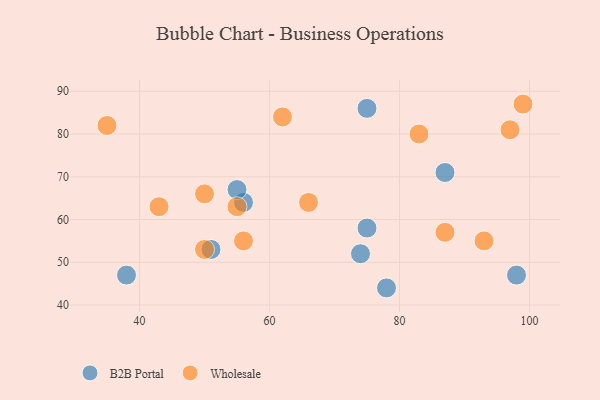
{"axis": {"x": "GDP", "y": "Life Expectancy"}, "legend": ["B2B Portal", "Wholesale"], "data": [{"x": "75", "y": 58, "type": "B2B Portal"}, {"x": "51", "y": 53, "type": "B2B Portal"}, {"x": "38", "y": 47, "type": "B2B Portal"}, {"x": "75", "y": 86, "type": "B2B Portal"}, {"x": "98", "y": 47, "type": "B2B Portal"}, {"x": "56", "y": 64, "type": "B2B Portal"}, {"x": "78", "y": 44, "type": "B2B Portal"}, {"x": "87", "y": 71, "type": "B2B Portal"}, {"x": "55", "y": 67, "type": "B2B Portal"}, {"x": "74", "y": 52, "type": "B2B Portal"}, {"x": "66", "y": 64, "type": "Wholesale"}, {"x": "99", "y": 87, "type": "Wholesale"}, {"x": "55", "y": 63, "type": "Wholesale"}, {"x": "93", "y": 55, "type": "Wholesale"}, {"x": "87", "y": 57, "type": "Wholesale"}, {"x": "50", "y": 66, "type": "Wholesale"}, {"x": "83", "y": 80, "type": "Wholesale"}, {"x": "50", "y": 53, "type": "Wholesale"}, {"x": "56", "y": 55, "type": "Wholesale"}, {"x": "35", "y": 82, "type": "Wholesale"}, {"x": "62", "y": 84, "type": "Wholesale"}, {"x": "97", "y": 81, "type": "Wholesale"}, {"x": "43", "y": 63, "type": "Wholesale"}]}